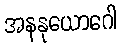
အနနုယောဂေါ